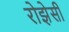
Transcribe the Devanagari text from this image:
रोझेसी